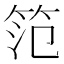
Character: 笵